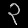
Digit: ၃